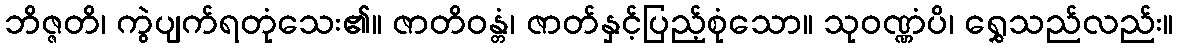
ဘိဇ္ဇတိ၊ ကွဲပျက်ရတုံသေး၏။ ဇာတိဝန္တံ၊ ဇာတ်နှင့်ပြည့်စုံသော။ သုဝဏ္ဏံပိ၊ ရွှေသည်လည်း။